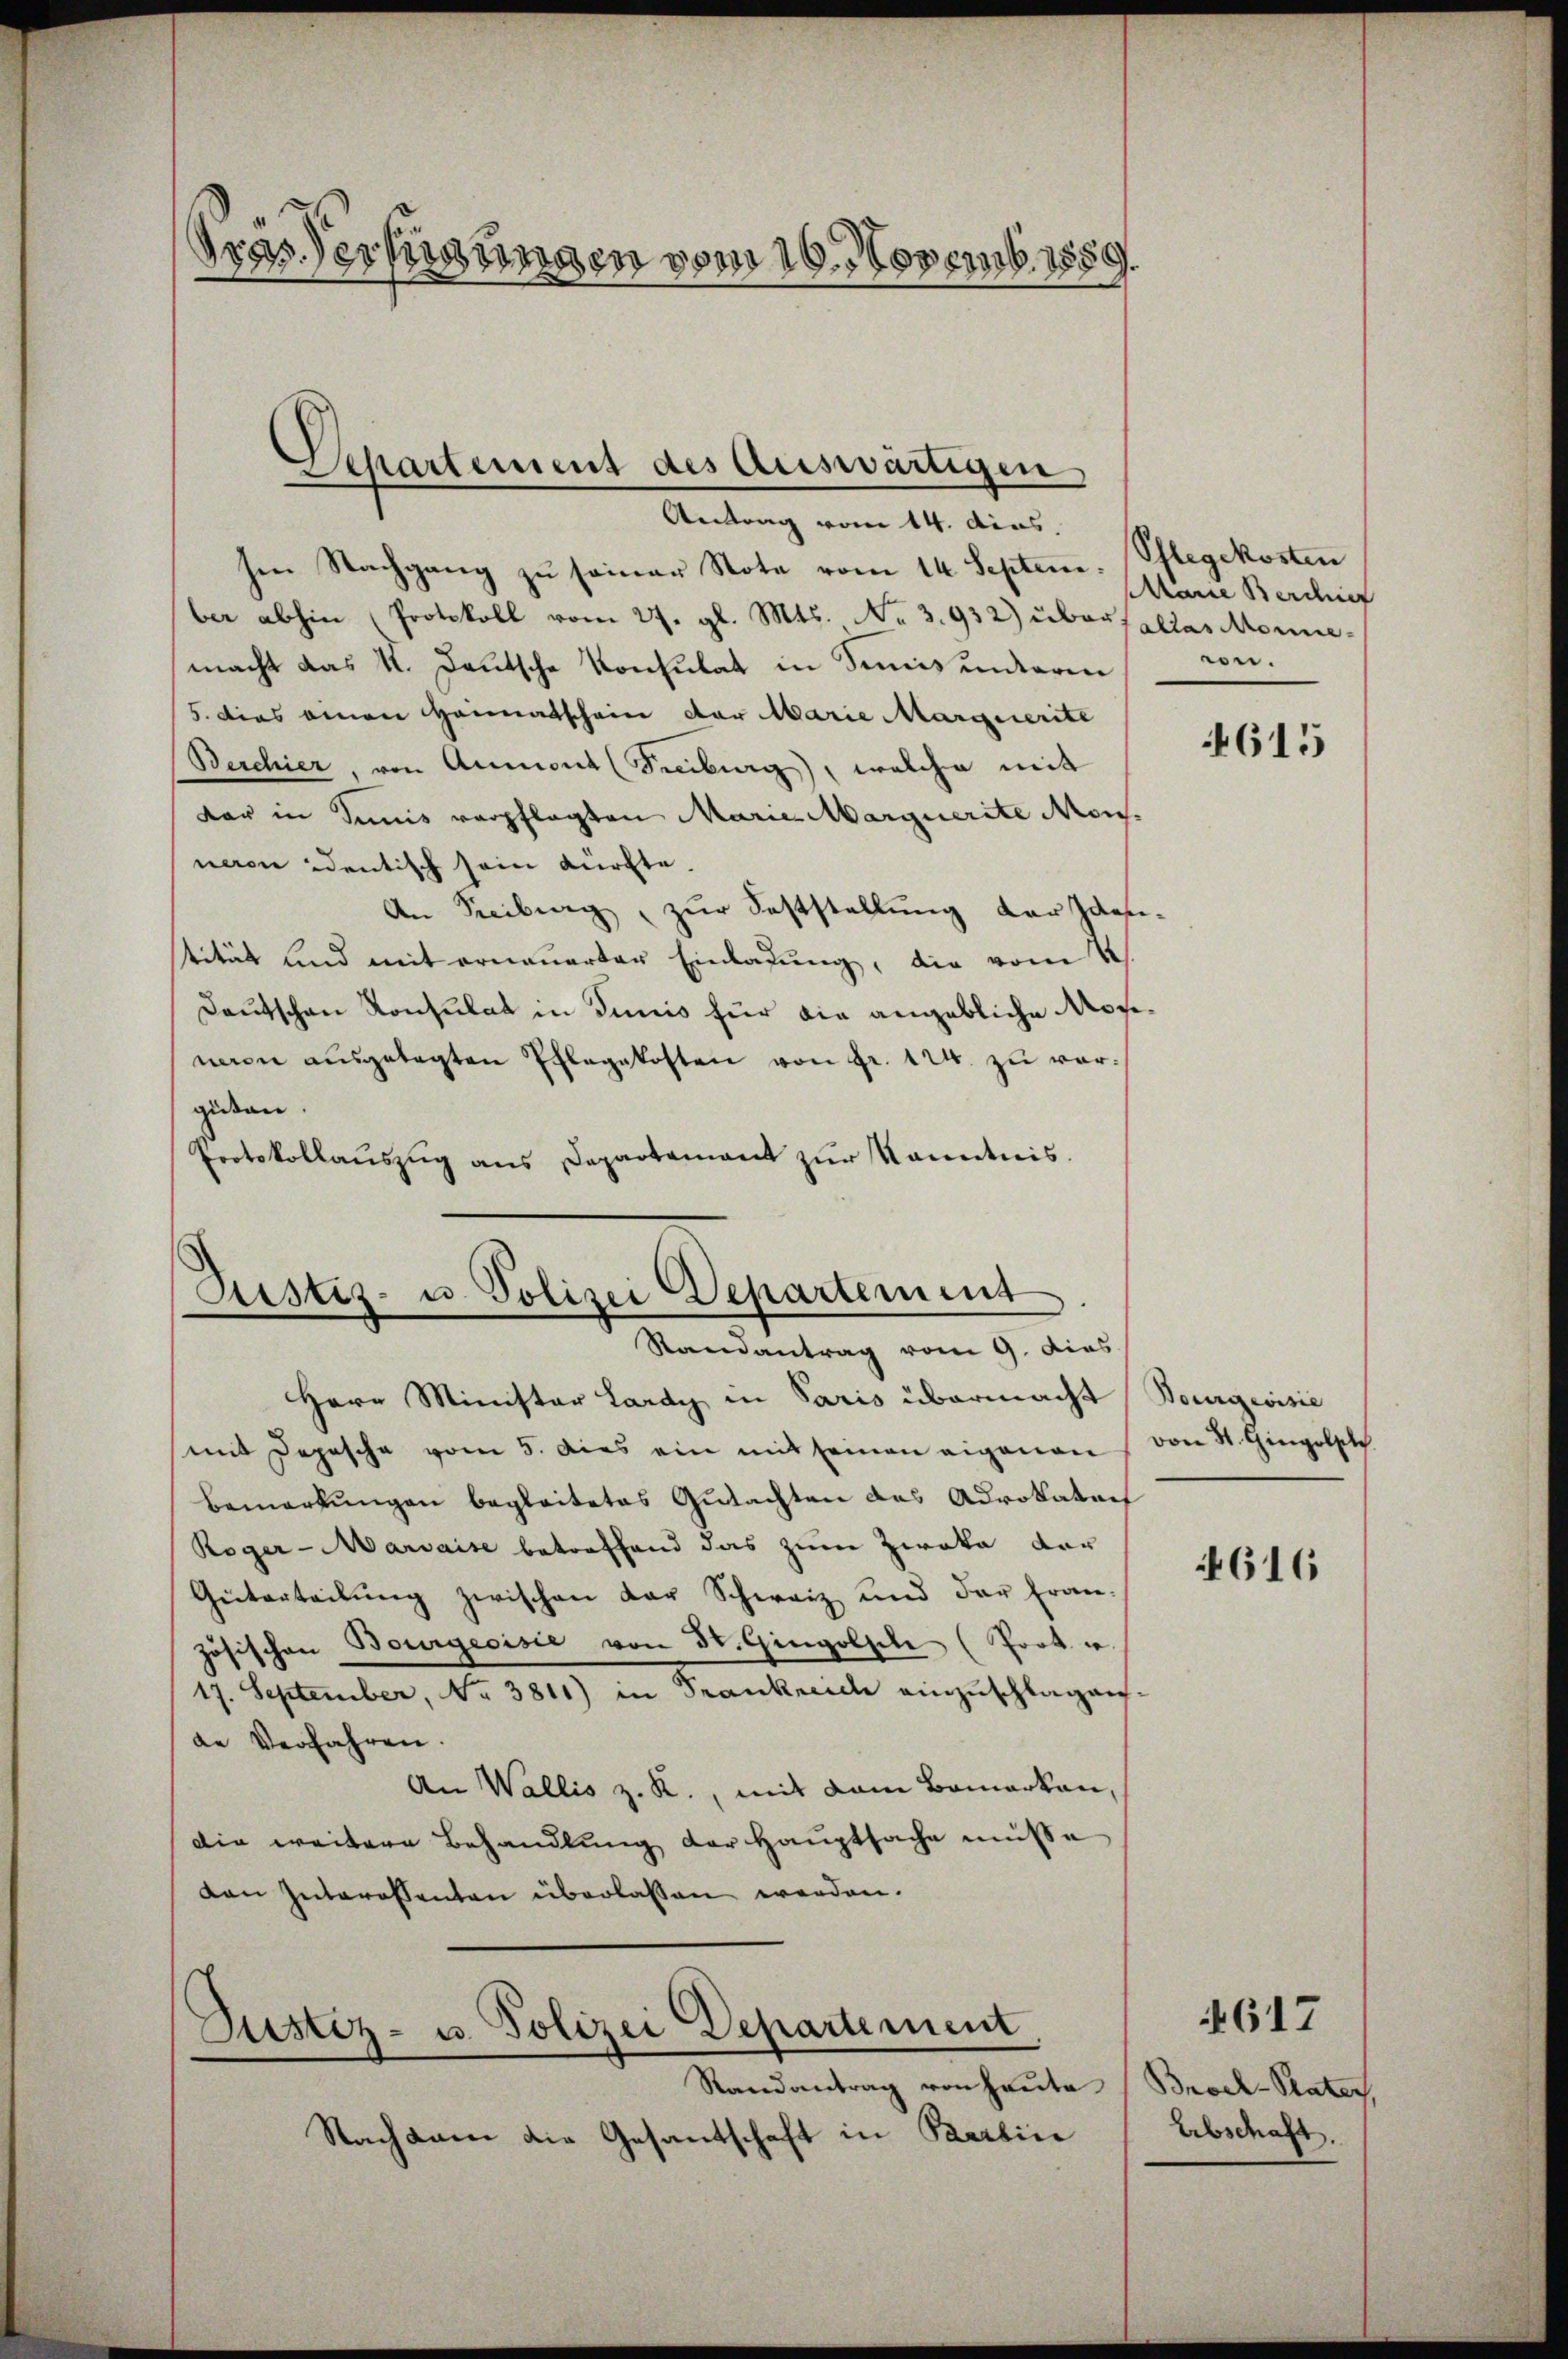
Gras Verfügungen vom 16. Novemb. 1889.

¬
5
Separtement des Auswärtigen,
Antrag vom 14. dias.

sen Nachgang zŭ seiner Note vom 14. Septem. Pflegekosten
ber abhin , Protokoll vom 27. gl. Mts. No 3.932) überfalles Monnemacht das K. Deutsche Konsulat in Simis unterin
5. dies einen Heimatschein der Marie Marquerite
Berchier, von Ammont (Treiburg, welche mit
dar in Seis verpflegten Marie Marquerite Monneren identisch sein dürfte.
An Freiburg, zur Feststellung der Identität und mit erneuerter Einladung, die vom 2.
Deutschen Konsulat in Junis für die angebliche Mosinam ausgelegten Pflegekosten von Fr. 124. zu vorgüten.
Protokollaŭszŭg ans Departament zŭr Kenntnis.

Justiz- u. Polizei Departement
Randantrag vom 9. dies
Herr Minister Lardy in Paris übermacht Bourgeoisie

Justiz- u. Polizei Departement
Randantrag von heute.

mit Depesche vom 5. dies ein mit seinen eigenen
Bemerkungen begleitetes Gutachten das Advokatar
Roger-Marvaise betreffend das zum Zwaka dar
Giiterteilung zwischen der Schweiz und der Französischen Bourgeoisie von 3. Gingolsch (Prot. u.
17. September, No 3811) in Frankreiche einzuschlagen.
de Verfahren.
An Wallis z. R., mit dem Bemerken,
die weitere Behandlung der Hauptsache müsse
den Interessenten überlassen werden.

Nachdem die Gesandschaft in Paartin

Mane Berding
eon.

4615

von St. Gingolpl

4616

Brock-Pater,
Arbschaft.

617